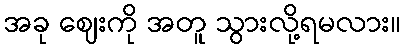
အခု ဈေးကို အတူ သွားလို့ရမလား။